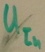
Text: UIn